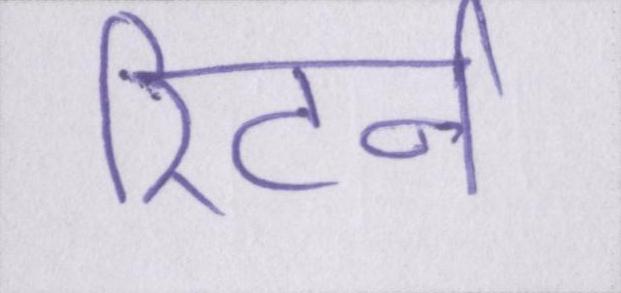
रिटर्न